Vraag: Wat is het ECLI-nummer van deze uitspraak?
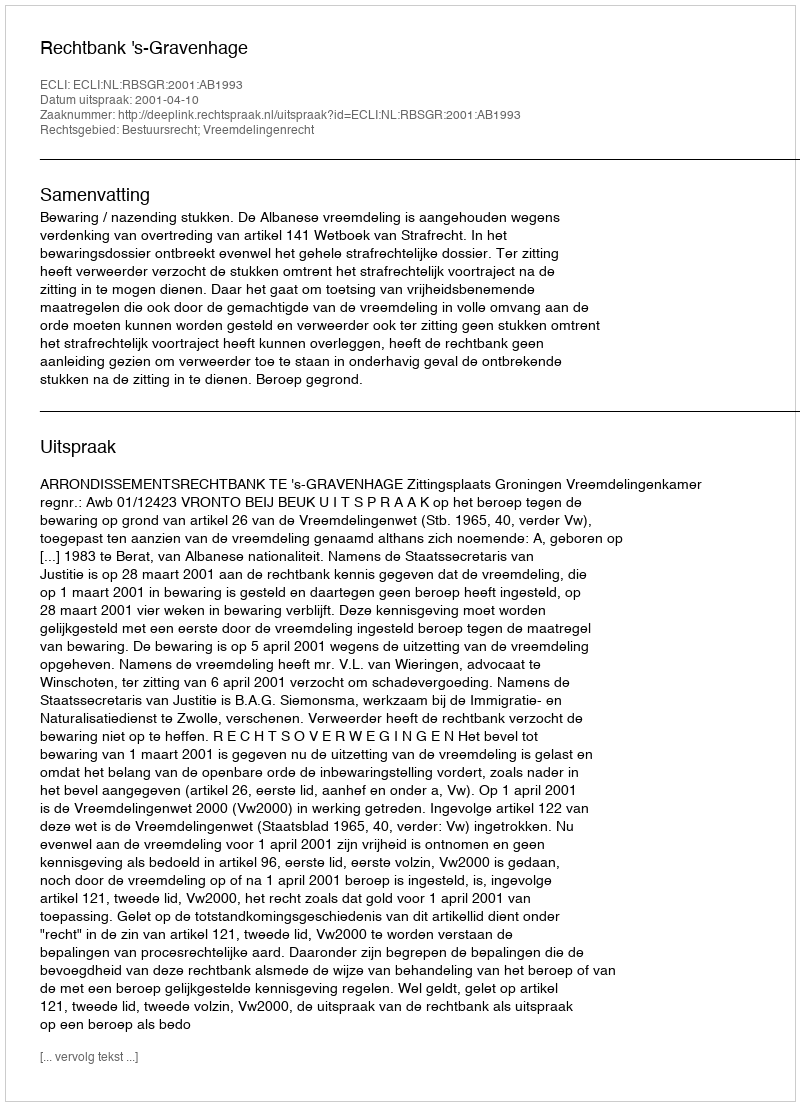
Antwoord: ECLI:NL:RBSGR:2001:AB1993